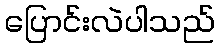
ပြောင်းလဲပါသည်